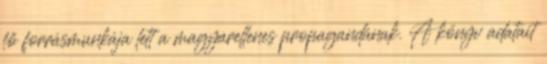
fő forrásmunkája lett a magyarellenes propagandának. A könyv adatait